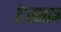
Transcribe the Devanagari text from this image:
टेल्सफ़